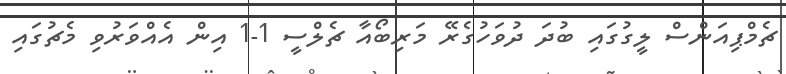
ޗެމްޕިއަންސް ލީގުގައި ބުދަ ދުވަހުގެރޭ މަރިބޯއާ ޗެލްސީ 1-1 އިން އެއްވަރުވި މެޗުގައި